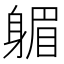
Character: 𨉭